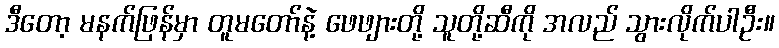
ဒီတော့ မနက်ဖြန်မှာ တူမတော်နဲ့ ဖေဖျားတို့ သူတို့ဆီကို အလည် သွားလိုက်ပါဦး။